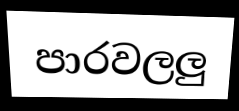
පාරවලලු